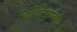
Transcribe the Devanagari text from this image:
चिकित्साविधि